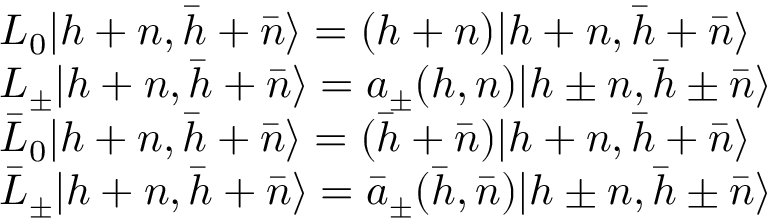
\begin{array} { l c r } { { { L _ { 0 } } { \vert { { h + n } , { \bar { h } + \bar { n } } } \rangle } = ( h + n ) { \vert { { h + n } , { \bar { h } + \bar { n } } } \rangle } } } \\ { { { L _ { \pm } } { \vert { { h + n } , { \bar { h } + \bar { n } } } \rangle } = a _ { \pm } ( h , n ) { \vert { { h \pm n } , { \bar { h } \pm \bar { n } } } \rangle } } } \\ { { { { \bar { L } } _ { 0 } } { \vert { { h + n } , { \bar { h } + \bar { n } } } \rangle } = ( { \bar { h } } + { \bar { n } } ) { \vert { { h + n } , { \bar { h } + \bar { n } } } \rangle } } } \\ { { { { \bar { L } } _ { \pm } } { \vert { { h + n } , { \bar { h } + \bar { n } } } \rangle } = { { \bar { a } } _ { \pm } } ( \bar { h } , \bar { n } ) { \vert { h \pm n } , { \bar { h } \pm \bar { n } } \rangle } } } \end{array}